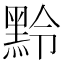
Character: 𪐸